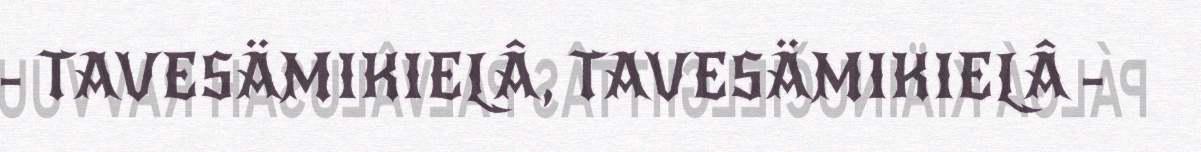
- TAVESÄMIKIELÂ, TAVESÄMIKIELÂ -